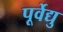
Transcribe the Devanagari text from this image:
पूर्वेद्यु